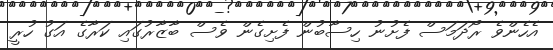
އެހެންވެ ރޯދަމަސް ފެށުނު ހިސާބުން ފެށިގެން ވެސް ބާޒާރުގައި ކަރާގެ އަގު ހުރީ